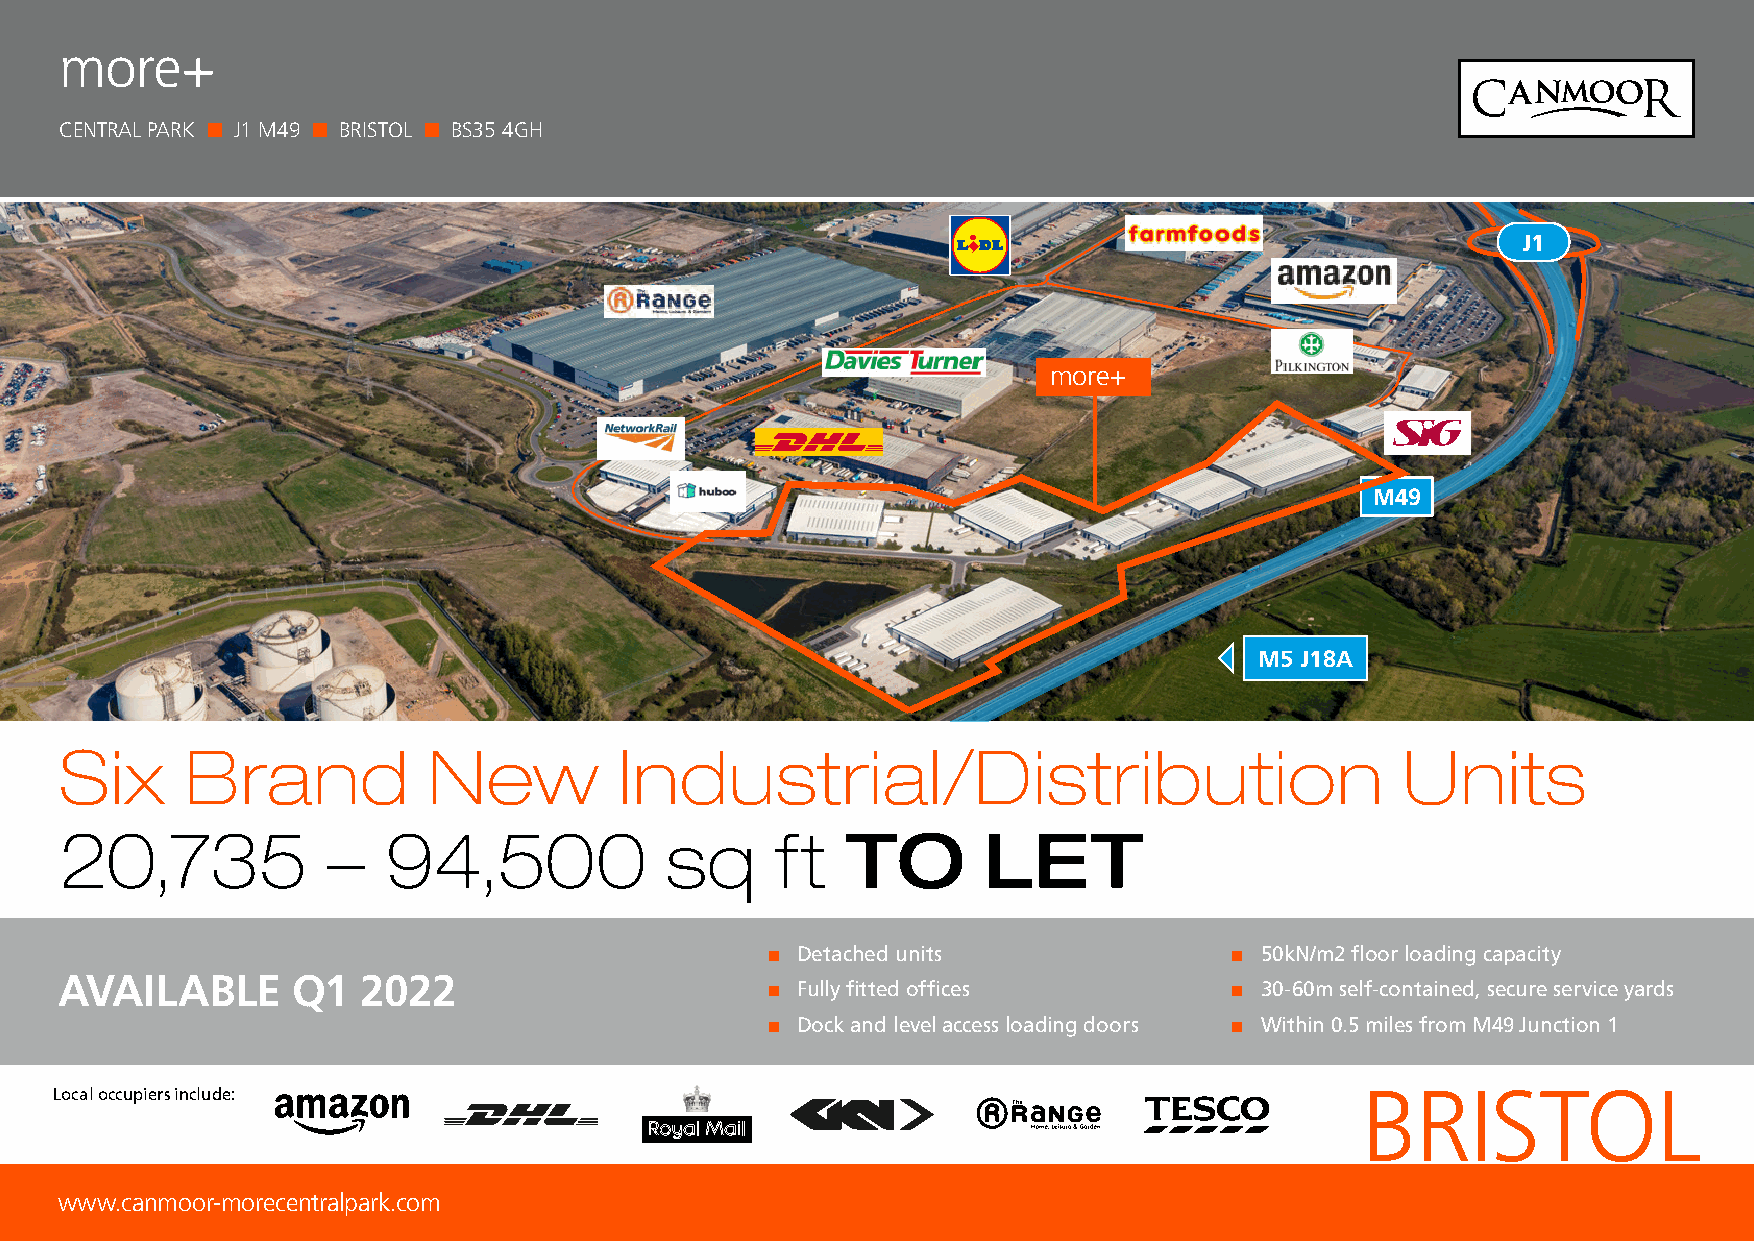
more+
 CENTRAL PARK ■ J1 M49 ■ BRISTOL ■ BS35 4GH
 J1
 more+
 M49
 M5 J18A
 Indicative image of completed buildings
 Six     Brand           New          Industrial/Distribution                             Units
 20,735            –   94,500            sq     ft   TO       LET
 ■ Detached units               ■ 50kN/m2 floor loading capacity
 AVAILABLE      Q1   2022
 ■ Fully fitted offices         ■ 30-60m self-contained, secure service yards
 ■ Dock and level access loading doors ■ Within 0.5 miles from M49 Junction 1
 Local occupiers include:                                                              BRISTOL
 www.canmoor-morecentralpark.com